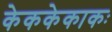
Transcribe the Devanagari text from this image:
केककेकाकः